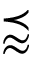
\precapprox